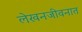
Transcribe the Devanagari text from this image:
लेखनजीवनात